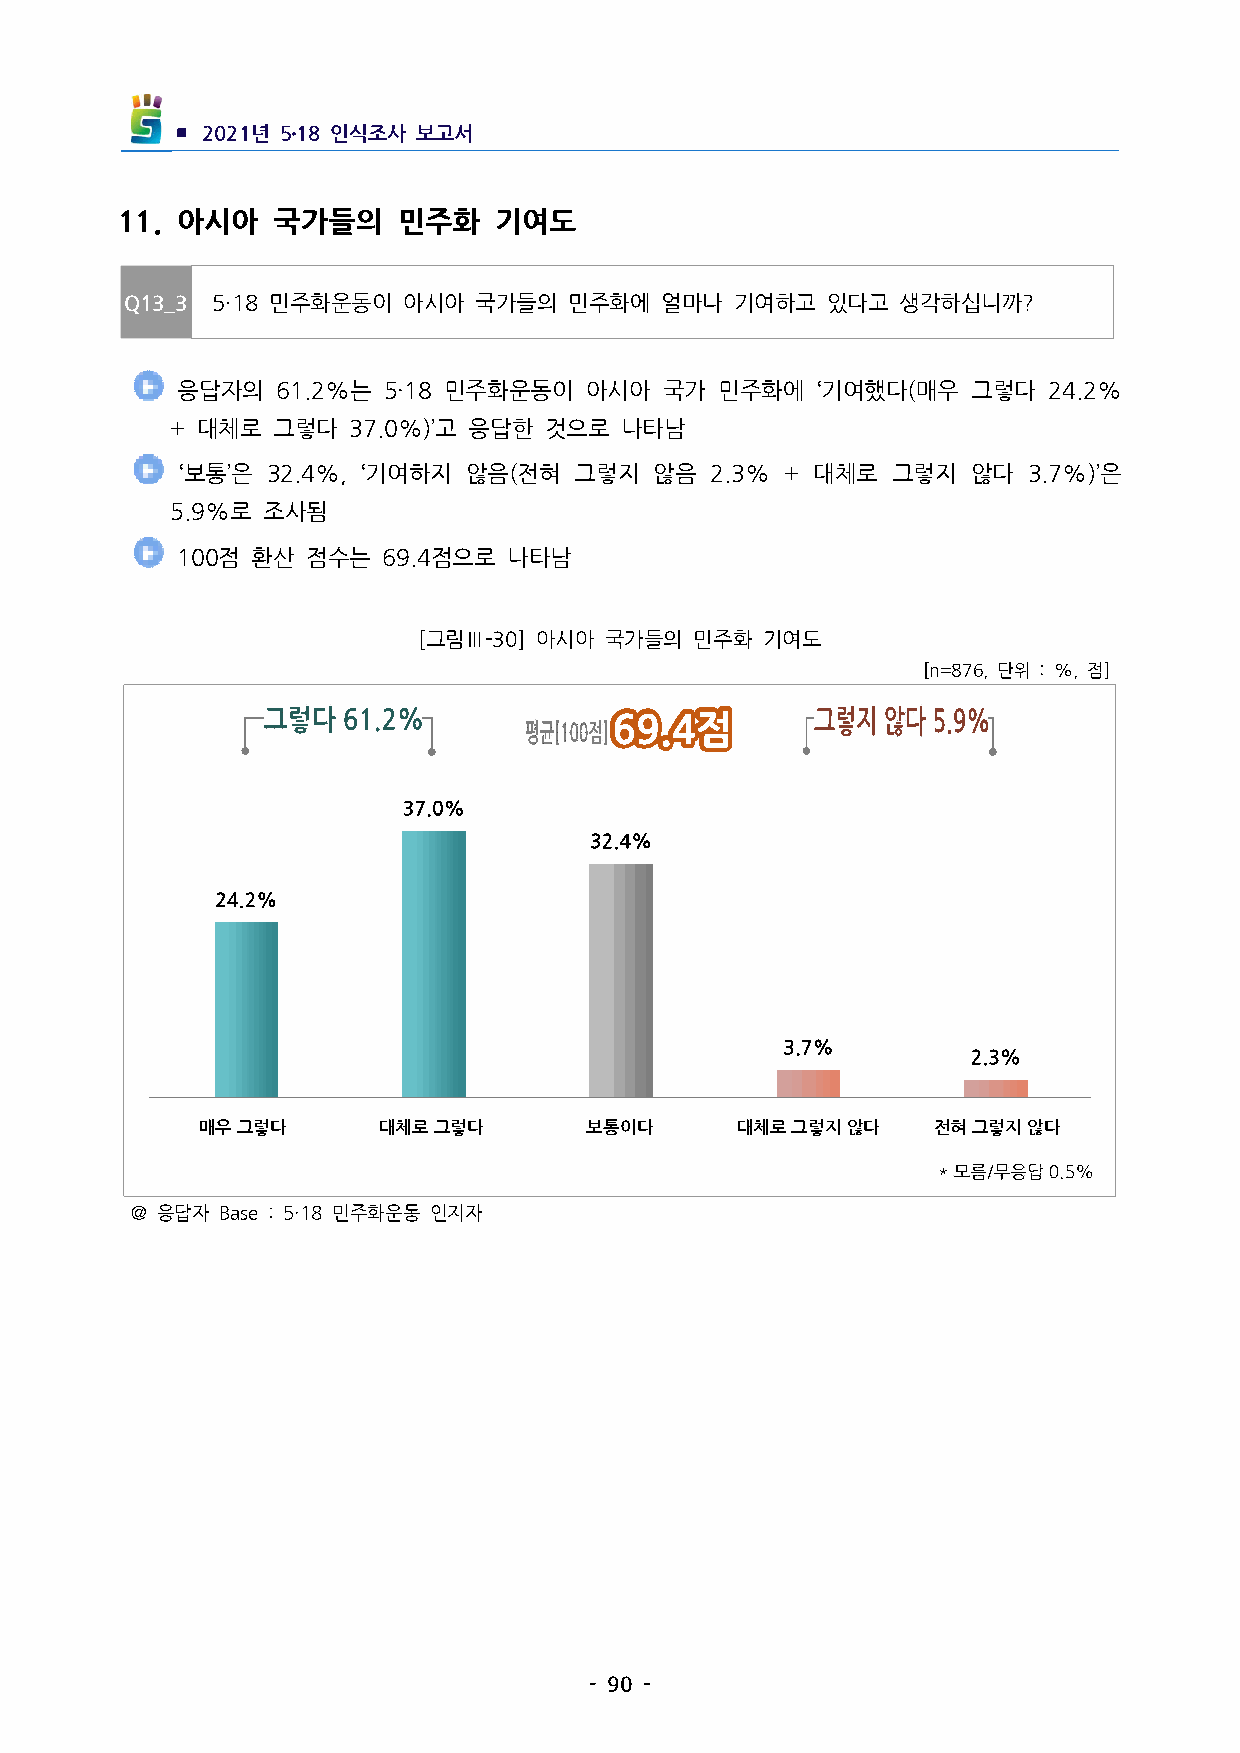
▪ 2021년 5․18인식조사 보고서
 11. 아시아  국가들의    민주화    기여도
 Q13_3 5·18민주화운동이  아시아 국가들의   민주화에  얼마나  기여하고  있다고  생각하십니까?
 응답자의  61.2%는 5·18민주화운동이   아시아  국가  민주화에  ‘기여했다(매우  그렇다  24.2%
 +대체로  그렇다  37.0%)’고 응답한 것으로  나타남
  ‘보통’은 32.4%, ‘기여하지 않음(전혀 그렇지 않음  2.3% + 대체로 그렇지 않다  3.7%)’은
 5.9%로 조사됨
 100점 환산 점수는  69.4점으로  나타남
 [그림Ⅲ-30] 아시아 국가들의 민주화 기여도
 [n=876,단위 :%,점]
 매우그렇다       대체로그렇다        보통이다      대체로그렇지않다     전혀그렇지않다
 ＠응답자 Base:5·18민주화운동 인지자
 -90-